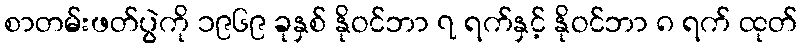
စာတမ်းဖတ်ပွဲကို ၁၉၆၉ ခုနှစ် နိုဝင်ဘာ ၇ ရက်နှင့် နိုဝင်ဘာ ၈ ရက် ထုတ်